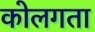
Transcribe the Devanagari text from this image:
कोलगता